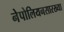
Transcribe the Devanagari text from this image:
नेपोलियनसारख्या